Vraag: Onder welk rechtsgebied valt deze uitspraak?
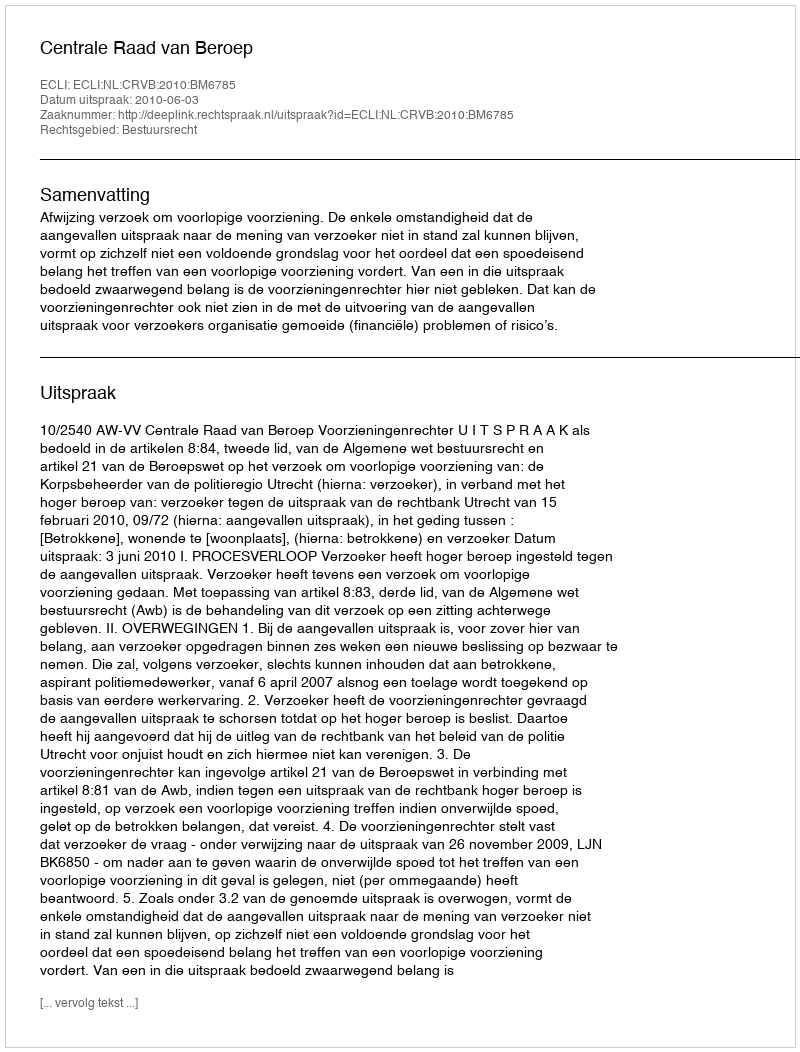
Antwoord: Bestuursrecht